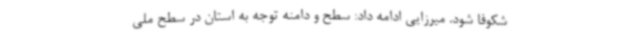
شکوفا شود. میرزایی ادامه داد: سطح و دامنه توجه به استان در سطح ملی